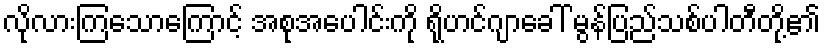
လိုလားကြသောကြောင့် အစုအပေါင်းကို ရိုဟင်ဂျာခေါ် မွန်ပြည်သစ်ပါတီတို့၏